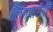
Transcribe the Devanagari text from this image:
लिंगशरीरीं